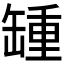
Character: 𦉂